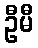
ဦမီ